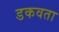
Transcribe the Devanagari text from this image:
डकवता